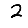
Digit: 2